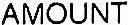
AMOUNT